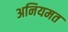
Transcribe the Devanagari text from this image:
अनियमत